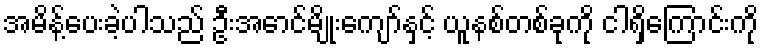
အမိန့်ပေးခဲ့ပါသည် ဦးအောင်မျိုးကျော်နှင့် ယူနစ်တစ်ခုကို ငါရှိကြောင်းကို